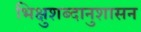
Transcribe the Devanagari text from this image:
भिक्षुशब्दानुशासन